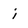
Character: i